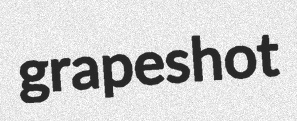
grapeshot